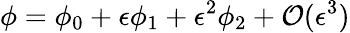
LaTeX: \phi=\phi_{0}+\epsilon\phi_{1}+\epsilon^{2}\phi_{2}+\mathcal{O}(\epsilon^{3})